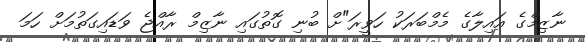
ނާޒިމްގެ އައިލާގެ މެމްބަރަކު ހަވީރަ"ށް ބުނި ގޮތުގައި ނާޒިމް ރާއްޖެ ވަޑައިގަތުމަށް ހަމަ